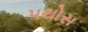
પથોસ